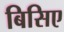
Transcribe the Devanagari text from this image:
बिसिए